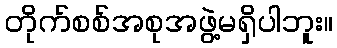
တိုက်စစ်အစုအဖွဲ့မရှိပါဘူး။